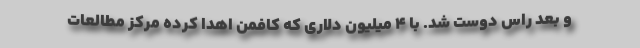
و بعد راس دوست شد. با ۴ میلیون دلاری که کافمن اهدا کرده مرکز مطالعات